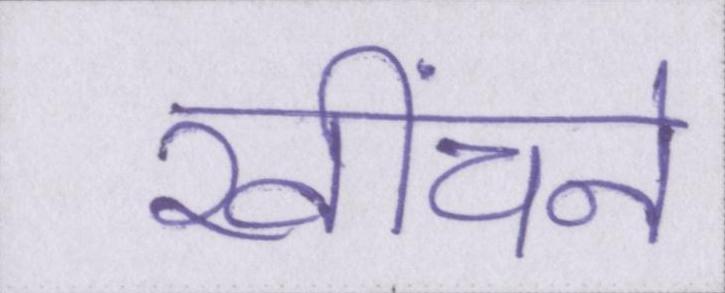
खींचने